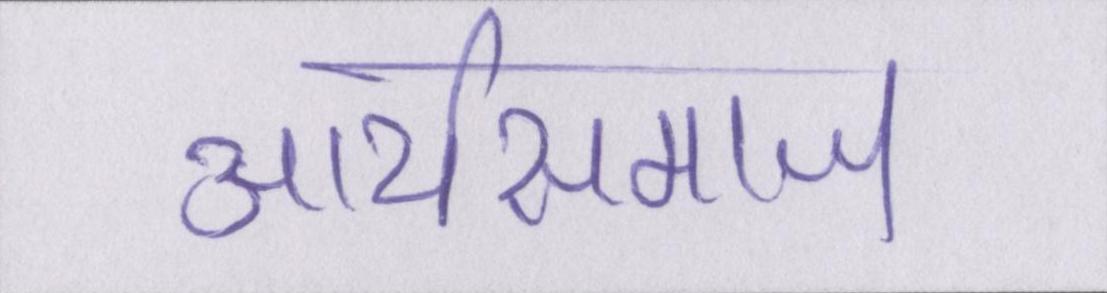
आर्यसमाज